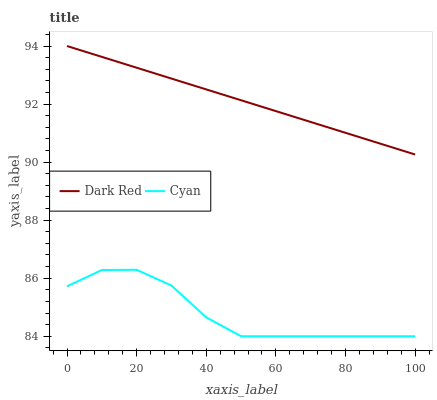
| xaxis_label | Dark Red | Cyan |
 | --- | --- | --- |
 | 0 | 94 | 85.7 |
 | 10 | 93.6 | 86.3 |
 | 20 | 93.3 | 86.3 |
 | 30 | 92.9 | 85.7 |
 | 40 | 92.5 | 84.6 |
 | 50 | 92.1 | 84 |
 | 60 | 91.8 | 84 |
 | 70 | 91.4 | 84 |
 | 80 | 91 | 84 |
 | 90 | 90.6 | 84 |
 | 100 | 90.3 | 84 |